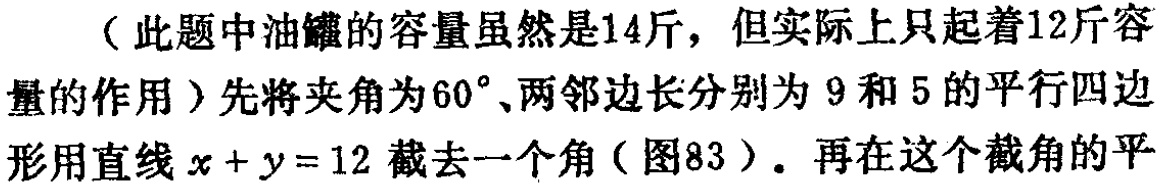
（此题中油罐的容量虽然是14斤，但实际上只起着12斤容量的作用）先将夹角为\(60^{\circ}\)、两邻边长分别为 9 和 5 的平行四边形用直线\(x + y = 12\)截去一个角（图83）. 再在这个截角的平